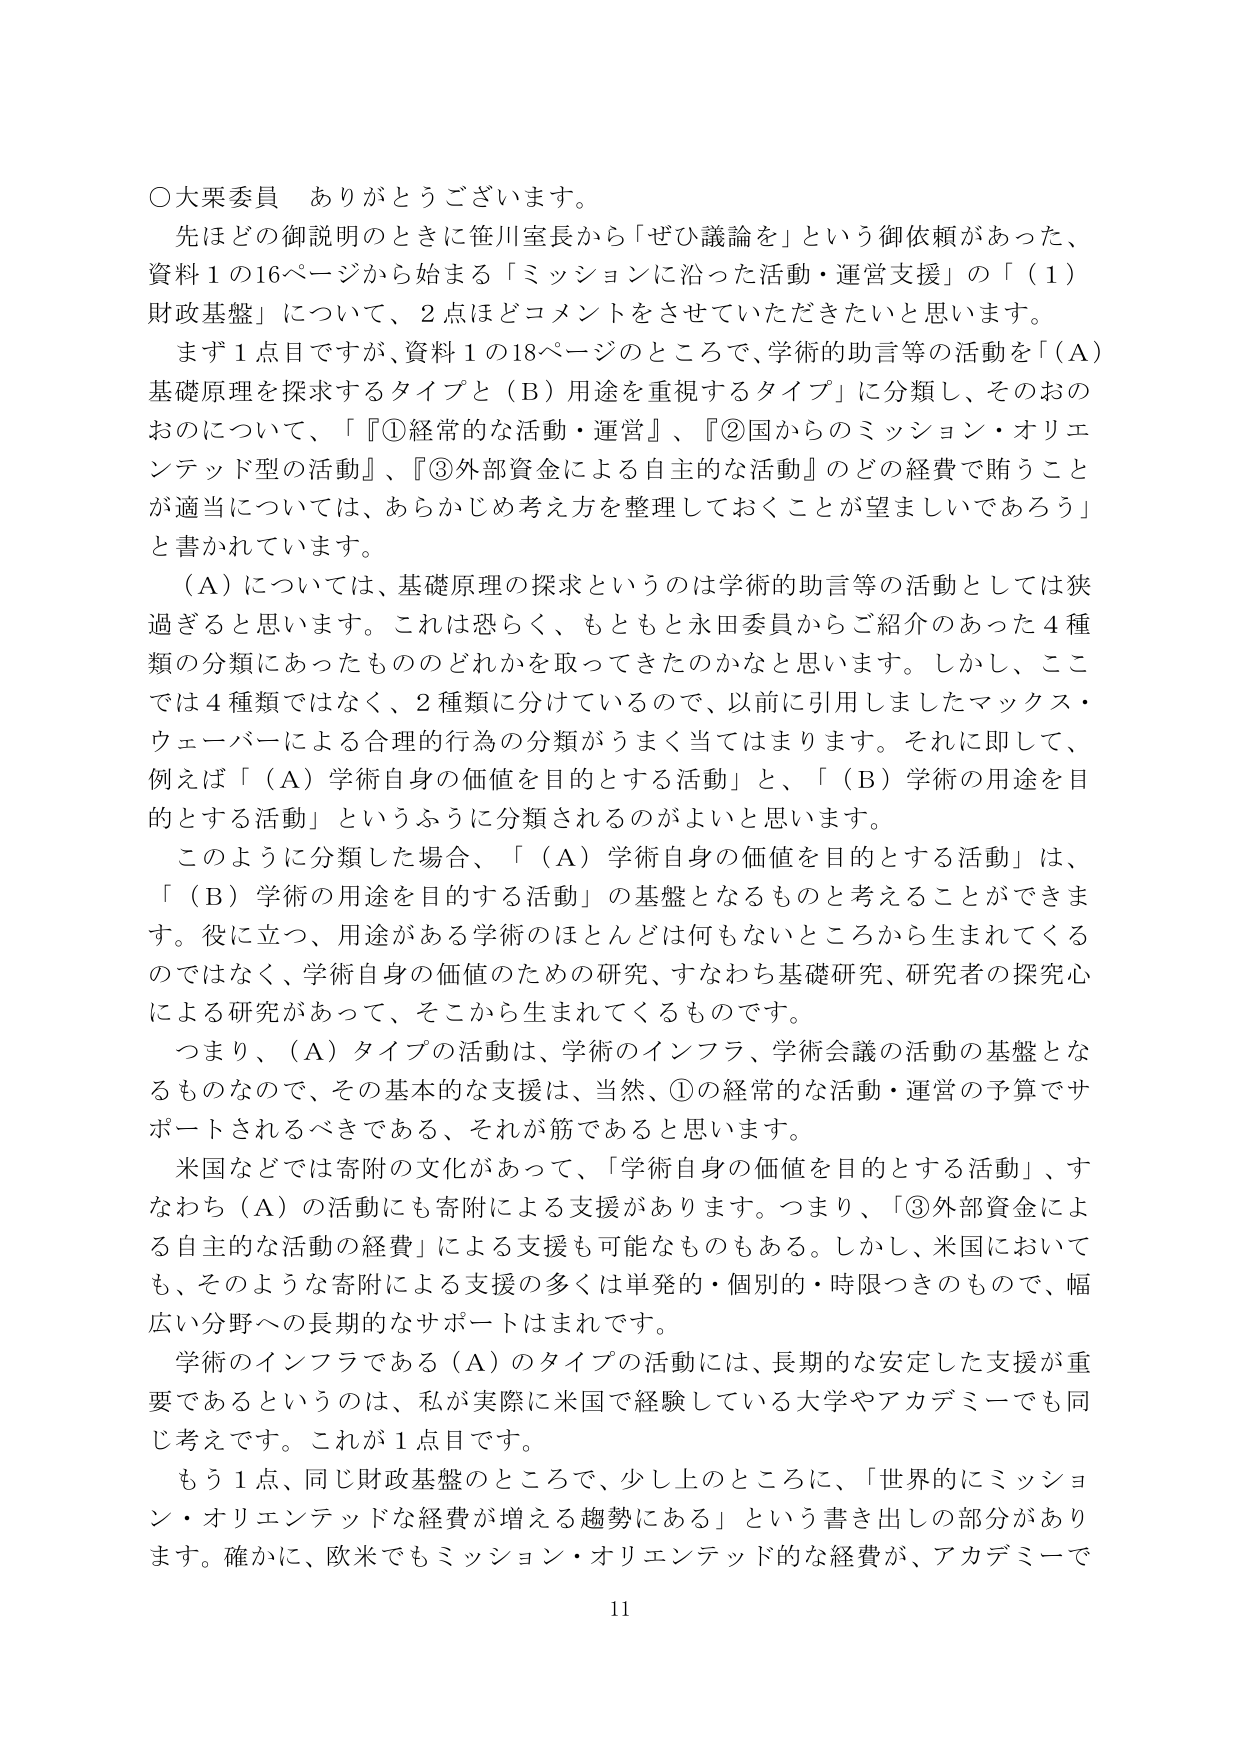
○大栗委員　ありがとうございます。

先ほどの御説明のときに笹川室長から「ぜひ議論を」という御依頼があった、資料１の16ページから始まる「ミッションに沿った活動・運営支援」の「（１）財政基盤」について、２点ほどコメントをさせていただきたいと思います。

まず１点目ですが、資料１の18ページのところで、学術的助言等の活動を「（Ａ）基礎原理を探索するタイプ」と（Ｂ）用途を重視するタイプ」に分類し、そのおのおのについて、「『①経常的な活動・運営』、『②国からのミッション・オリエンテッド型の活動』、『③外部資金による自主的な活動』のどの経費で賄うことが適当については、あらかじめ考え方を整理しておくことが望ましいであろう」と書かれています。

（Ａ）については、基礎原理の探求というのは学術的助言等の活動としては狭過ぎると思います。これは恐らく、もともと永田委員からご紹介のあった４種類の分類にあったもののどれかを取ってきたのかなと思います。しかし、ここでは４種類ではなく、２種類に分けているので、以前に引用しましたマックス・ウェーバーによる合理的行為の分類がうまく当てはまります。それに即して、例えば「（Ａ）学術自身の価値を目的とする活動」と、「（Ｂ）学術の用途を目的とする活動」というふうに分類されるのがよいと思います。

このように分類した場合、「（Ａ）学術自身の価値を目的とする活動」は、「（Ｂ）学術の用途を目的とする活動」の基盤となるものと考えることができます。役に立つ、用途がある学術のほとんどは何もないところから生まれてくるのではなく、学術自身の価値のための研究、すなわち基礎研究、研究者の探究心による研究があって、そこから生まれてくるものです。

つまり、（Ａ）タイプの活動は、学術のインフラ、学術会議の活動の基盤となるものなので、その基本的な支援は、当然、①の経常的な活動・運営の予算でサポートされるべきである、それが筋であると思います。

米国などでは寄附の文化があって、「学術自身の価値を目的とする活動」、すなわち（Ａ）の活動にも寄附による支援があります。つまり、「③外部資金による自主的な活動の経費」による支援も可能なものもある。しかし、米国においても、そのような寄附による支援の多くは単発的・個別的・時限つきのもので、幅広い分野への長期的なサポートはまれです。

学術のインフラである（Ａ）のタイプの活動には、長期的な安定した支援が重要であるというのは、私が実際に米国で経験している大学やアカデミーでも同じ考えです。これが１点目です。

もう１点、同じ財政基盤のところで、少し上のところに、「世界的にミッション・オリエンテッドな経費が増える趨勢にある」という書き出しの部分があります。確かに、欧米でもミッション・オリエンテッド的な経費が、アカデミーで

11